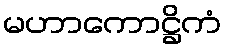
မဟာကောဋ္ဌိကံ